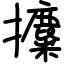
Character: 攗